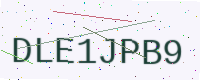
Text: DLE1JPB9